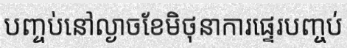
បញ្ចប់នៅល្ងាចខែមិថុនាការផ្ទេរបញ្ចប់